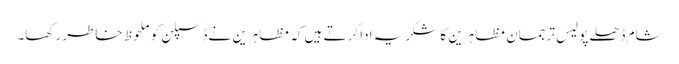
شام ڈھلے پولیس ترجمان مظاہرین کا شکریہ ادا کرتے ہیں کہ مظاہرین نے ڈسپلن کو ملحوظ خاطر رکھا۔